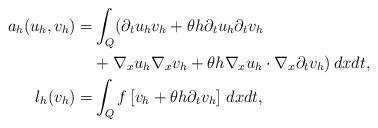
LaTeX: \begin{align*} a_h(u_h,v_h) = & \int_{Q} (\partial_{t} u_h v_h + \theta h \partial_{t} u_h \partial_{t} v_h \\ & + \nabla_x u_h \nabla_x v_h + \theta h \nabla_x u_h \cdot \nabla_x \partial_{t} v_h)\, dxdt, \\ l_h(v_h) = & \int_{Q} f \left[ v_h + \theta h \partial_{t} v_h \right]\, dxdt,\end{align*}